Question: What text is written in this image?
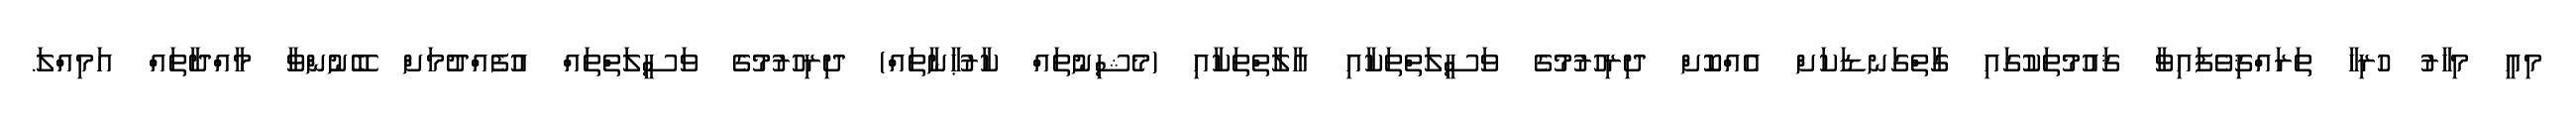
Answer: މިއީ މިހާރު ހުރިހާ ތަރައްޤިވެފައިވާ ޤައުމުތަކުގައި ގާތްގަނޑަކަށް އެއްކޮށް ދިރިހުރުމުގެ ވަސީލަތްތަކާއި އާލާތްތަކާއި (މެޝިނުތައް ކާރުޙާނާތައް) ދިރިހުރުމުގެ ވަސީލަތްތައް އުފެއްދުމަށް ބޭނުންވާ މާއްދާތައް އަމިއްލަ.